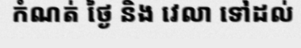
កំណត់ ថ្ងៃ និង វេលា ទៅដល់